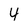
Character: 4